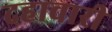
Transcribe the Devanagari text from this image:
दहावारी